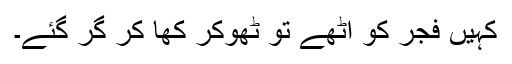
کہیں فجر کو اٹھے تو ٹھوکر کھا کر گر گئے۔